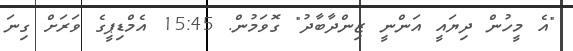
"އެ މީހުން ދިޔައީ އަންނީ ޒިންދާބާދު" ގޮވަމުން. 15:45 އެމްޑިޕީގެ ވަރަށް ގިނަ